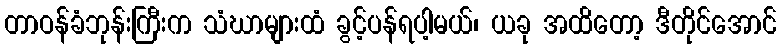
တာဝန်ခံဘုန်းကြီးက သံဃာများထံ ခွင့်ပန်ရပါ့မယ်၊ ယခု အထိတော့ ဒီတိုင်အောင်